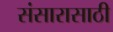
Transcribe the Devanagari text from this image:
संसारासाठी